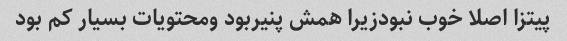
پیتزا اصلا خوب نبودزیرا همش پنیربود ومحتویات بسیار کم بود